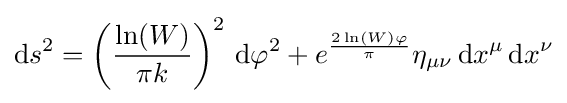
\mathrm {d} s^{2}=\left({\frac {\ln(W)}{\pi k}}\right)^{2}\,\mathrm {d} \varphi ^{2}+e^{\frac {2\ln(W)\varphi }{\pi }}\eta _{\mu \nu }\,\mathrm {d} x^{\mu }\,\mathrm {d} x^{\nu }